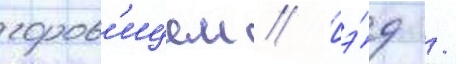
горов'ицем // Гэ́д /